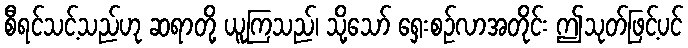
စီရင်သင့်သည်ဟု ဆရာတို့ ယူကြသည်၊ သို့သော် ရှေးစဉ်လာအတိုင်း ဤသုတ်ဖြင့်ပင်